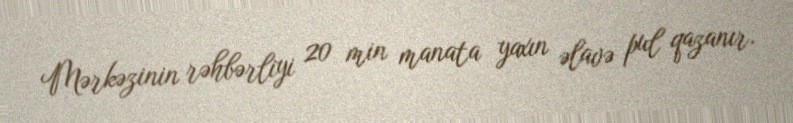
Mərkəzinin rəhbərliyi 20 min manata yaxın əlavə pul qazanır.